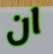
ان